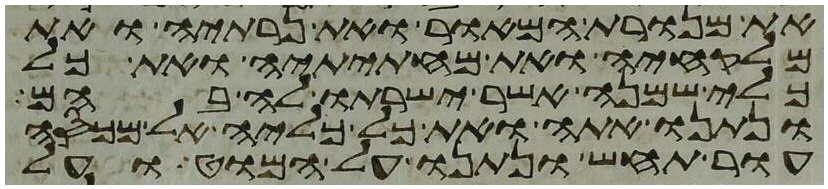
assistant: את מנורת המאור ואת נרתיה ואת
מלקחיה ואת מחתיתיה ואת כל
כלי שמנה אשר ישרתו לה בהם
ונתנו אתה ואת כל כליה אל מכסה
עור תחש ונתנו על המוט ועל